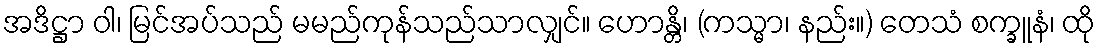
အဒိဋ္ဌာ ဝါ၊ မြင်အပ်သည် မမည်ကုန်သည်သာလျှင်။ ဟောန္တိ၊ (ကသ္မာ၊ နည်း။) တေသံ စက္ခူနံ၊ ထို